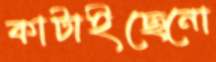
কাটাইছেনো